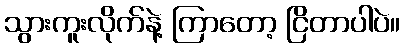
သွားကူးလိုက်နဲ့ ကြာတော့ ငြိတာပါပဲ။